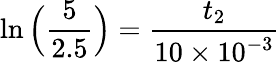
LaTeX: \ln\Big(\frac{5}{2.5}\Big)=\frac{t_{2}}{10\times 10^{-3}}